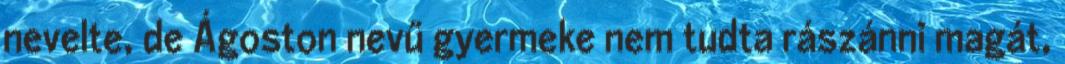
nevelte, de Ágoston nevű gyermeke nem tudta rászánni magát,